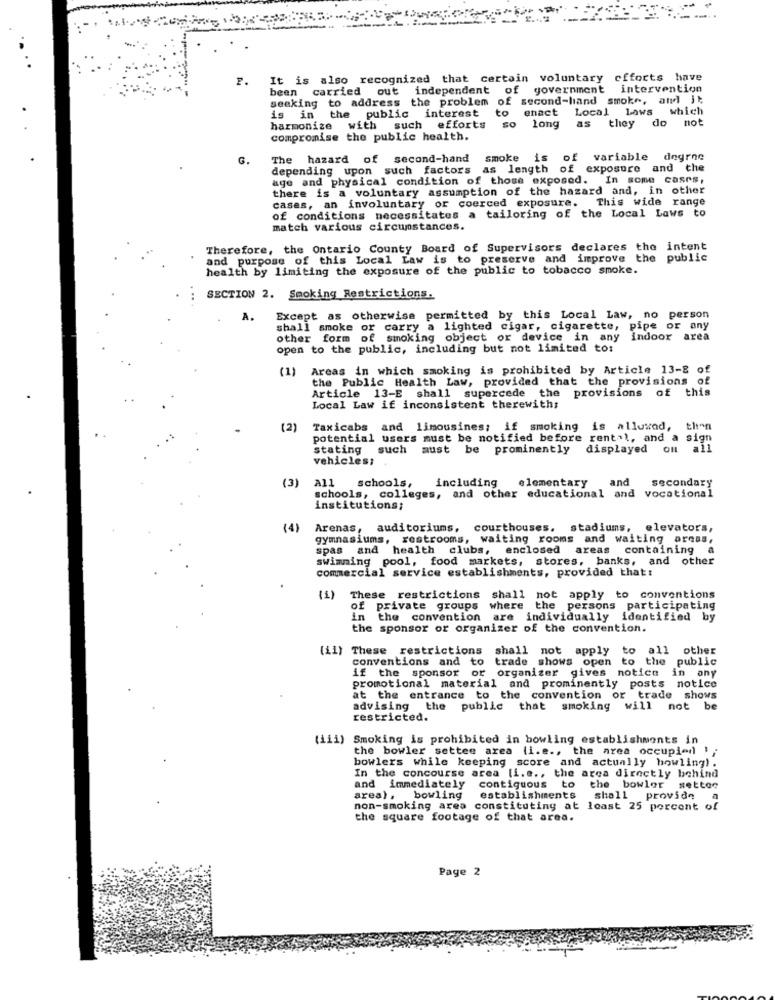
P.
It is also recognized that certain voluntary cfforts have
been carried out independent of government intervention
seeking to address the problem of second-hand smoke, and it
to enact Local Laws which
is in the public interest
as they do not
harmonize with such efforts
so long
compromise the public health.
G.
The hazard of second-hand
smoke is of variable degrne
depending upon such factors as length of exposure and the
age and physical condition of those exposed. In some cases,
there is a voluntary assumption of the hazard and, in other
cases, an involuntary or coerced exposure. This wide range
of conditions necessitates a tailoring of the Local Laws to
match various circumstances.
Therefore, the Ontario County Board of Supervisors declares the intent
and purpose of this Local Law is to preserve and improve the public
health by limiting the exposure of the public to tobacco smoke.
SECTION 2. Smoking Restrictions.
A.
Except as otherwise permitted by this Local Law, no person
shall smoke or carry a lighted cigar, cigarette, pipe or any
other form of smoking object or device in any indoor area
open to the public, including but not limited to:
(1)
Areas in which smoking is prohibited by Article 13-8 of
the Public Health Law, provided that the provisions of
provisions of this
Article 13-E shall supercede the
Local Law if inconsistent therewith;
(2)
Taxicabs and limousines; if smoking is alluxod,
potential users must be notified before rental, and a sign
stating such must be prominently
displayed
OIL
all
vehicles;
(3)
including
elementary
and
secondary
All schools,
schools, colleges, and other educational and vocational
institutions;
(4)
Arenas, auditoriums,
courthouses. stadiums, elevators,
gymnasiums, restrooms, waiting rooms and waiting areas,
spas and health clubs, enclosed areas containing a
swimming pool, food markets, stores, banks, and other
commercial service establishments, provided that:
(i) These restrictions shall not apply to conventions
(1)
These restrictions
of private groups where the persons participating
in the convention
are individually identified by
the sponsor or organizer of the convention.
(il) These restrictions
shall not apply
to all
other
conventions and to trade shows open to the public
if the sponsor or organizer gives notice in any
promotional material and prominently posts notice
at the entrance to the convention or trade shows
advising the public that smoking will not
restricted.
(iii) Smoking is prohibited in bowling establishments in
the bowler settee area (i.e ., the area occupied ! :
bowlers while keeping score and actually howling) .
In the concourse area [i.e ., the area directly behind
and immediately contiguous to the bowler
setter
area), bowling
establishments
shall
provide
non-smoking area constituting at least 25 percent of
the square footage of that area.
Page 2